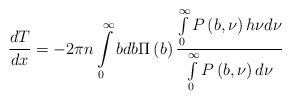
LaTeX: \begin{align*}\frac{dT}{dx} = - 2\pi n\int\limits_0^\infty {bdb} \Pi \left( b \right)\frac{\int\limits_0^\infty {P\left( {b,\nu } \right)h\nu d\nu } }{\int\limits_0^\infty {P\left( {b,\nu } \right)d\nu } }\end{align*}